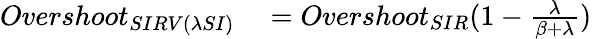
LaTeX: \begin{array}{rl}{Overshoot_{SIRV(\lambda SI)}}&{{}=Overshoot_{SIR}(1-\frac{\lambda}{\beta+\lambda})}\end{array}